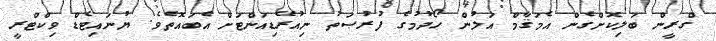
ގްރީން ބަލިކޮށްގެން އެމަޤާމް އަލުން ހޯދުމުގެ ފުރުޞަތު ނިއުރޭޑިއަންޓަށް އެބައޮތެވެ. ޔުނައިޓެޑް ވިކްޓްރީ